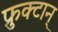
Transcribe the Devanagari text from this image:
फ्रुक्टान्